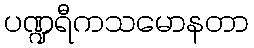
ပဏ္ဍရီကသမောနတာ